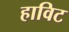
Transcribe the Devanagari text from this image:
हाविट